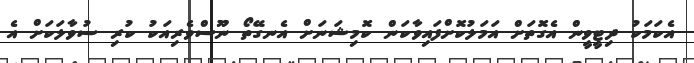
އެކަމަކު ދިޓީވީން އެގޮތަށް އަމަލުކޮށްފައިވާކަން ކޮމިޝަނަށް އެނގޭތޯ ނޫސްވެރިއަކު ކުރި ސުވާލަކަށް އެ